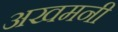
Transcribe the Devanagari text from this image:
अखमनी